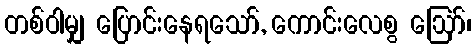
တစ်ဝါမျှ ပြောင်းနေရသော်, ကောင်းလေစွ ဩော်၊